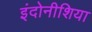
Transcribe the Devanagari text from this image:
इंदोनीशिया